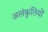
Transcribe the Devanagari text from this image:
अलंकृतियों